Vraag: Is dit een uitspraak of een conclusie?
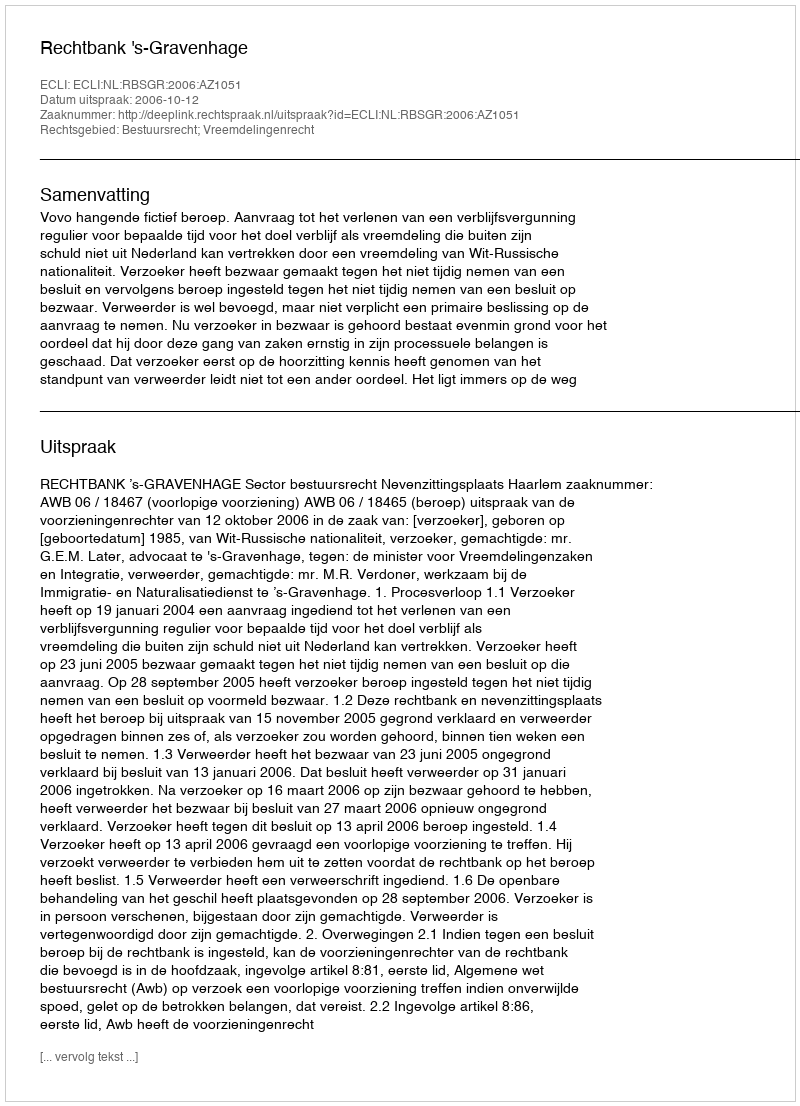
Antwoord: Uitspraak